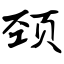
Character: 颈